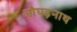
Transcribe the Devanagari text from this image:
औघड़नाथ